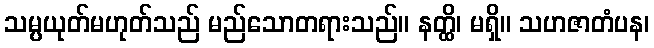
သမ္ပယုတ်မဟုတ်သည် မည်သောတရားသည်။ နတ္ထိ၊ မရှိ။ သဟဇာတံပန၊